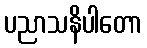
ပညာသနိပါတော